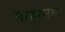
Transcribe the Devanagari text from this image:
माहूरमध्ये